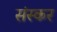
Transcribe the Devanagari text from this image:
संस्कर